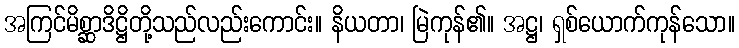
အကြင်မိစ္ဆာဒိဋ္ဌိတို့သည်လည်းကောင်း။ နိယတာ၊ မြဲကုန်၏။ အဋ္ဌ၊ ရှစ်ယောက်ကုန်သော။